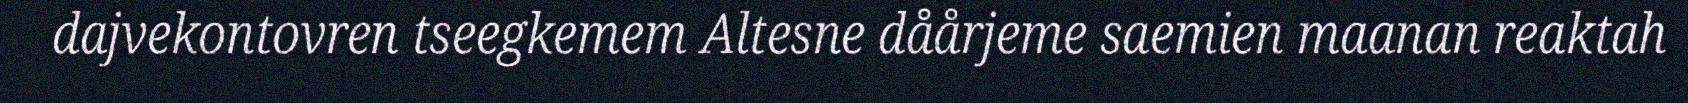
dajvekontovren tseegkemem Altesne dåårjeme saemien maanan reaktah